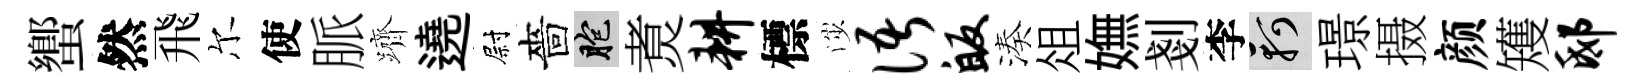
蠁然飛尔使脈躋遶尉嗇胞煑耕標渉语皈湊俎嫵剗李軻璟摄颜矱邸